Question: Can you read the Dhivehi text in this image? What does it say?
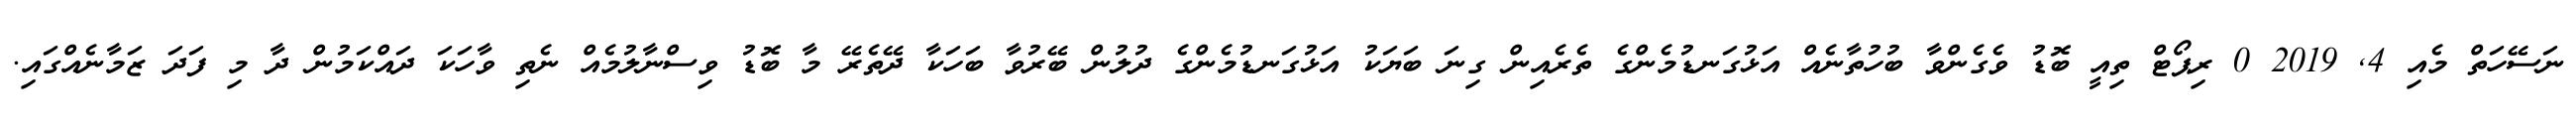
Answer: ނަސޭހަތް މެއި 4, 2019 0 ރިޕޯޓް ތިއީ ބޮޑު ވެގެންވާ ބުހުތާނެއް އަޅުގަނޑުމެންގެ ތެރެއިން ގިނަ ބަޔަކު އަޅުގަނޑުމެންގެ ދުލުން ބޭރުވާ ބަހަކާ ދޭތެރޭ މާ ބޮޑު ވިސްނާލުމެއް ނެތި ވާހަކަ ދައްކަމުން ދާ މި ފަދަ ޒަމާނެއްގައި.